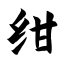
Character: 绀